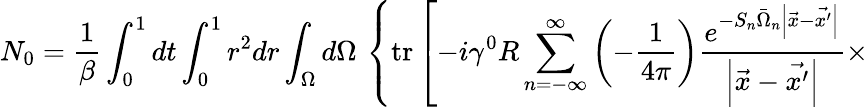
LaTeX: N_{0}=\frac 1{\beta}\int_{0}^{1}dt\int_{0}^{1}r^{2}dr\int_{\Omega}d\Omega\, \left\{ \mathrm{tr}\left[-i\gamma^{0}R\sum_{n=-\infty}^{\infty}\left(-\frac 1{4\pi}\right)\frac{e^{-S_{n}\bar{\Omega}_{n}\left|\vec{x}-\vec{x^{\prime}}\right|}}{\left|\vec{x}-\vec{x^{\prime}}\right|}\times\right.\right.